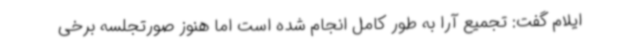
ایلام گفت: تجمیع آرا به طور کامل انجام شده است اما هنوز صورتجلسه برخی